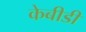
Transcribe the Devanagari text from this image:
केबीडी